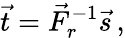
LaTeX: \vec{t}=\vec{F}_{r}^{-1}\vec{s}\, ,